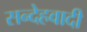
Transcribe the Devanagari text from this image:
सन्देहवादी